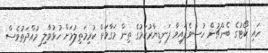
ހައި ކޯޓުގެ ބެންޗުން ހުސްވެފައިވާ ފަނޑިޔާރުކަމުގެ ތިން މަގާމަށް ކުރިމަތިލުމަށް ހުޅުވާާލި މުއްދަތުވެސް